Lunatic asylums United Prov. 1922-30 - 1922-1930
Year: 1922
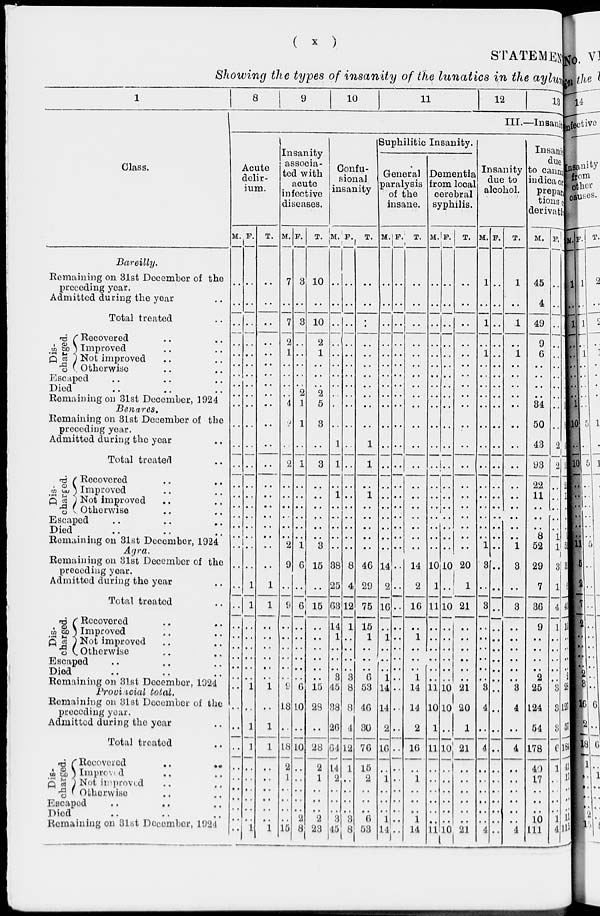
(
x
)
STATEMENT
Showing the types of insanity of the lunatics in the asylum
1
Class.
Bareilly.
Remaining on 31st December of the
preceding year.
Admitted during the year ..
Total treated ..
Dis-
charged.
Recovered .. ..
Improved .. ..
Not improved .. ..
Otherwise .. ..
Escaped .. .. ..
Died .. .. ..
Remaining on 31st December, 1924
Benares.
Remaining on 31st December of the
preceding year.
Admitted during the year ..
Total treated ..
Dis-
charged.
Recovered .. ..
Improved .. ..
Not improved .. ..
Otherwise .. ..
Escaped
..
..
..
Died .. .. ..
Remaining on 31st December, 1924
Agra.
Remaining on 31st December of the
preceding year.
Admitted during the year ..
Total treated ..
Dis-
charged.
Recovered .. ..
Improved .. ..
Not improved .. ..
Otherwise .. ..
Escaped .. .. ..
Died .. .. ..
Remaining on 31st December, 1924
Provincial total.
Remaining on 31st December of the
preceding year.
Admitted during the year ..
Total treated ..
Dis-
charged.
Recovered
..
..
Imporved .. ..
Not improved .. ..
Otherwise .. ..
Escaped .. .. ..
Died .. .. ..
Remaining on 31st December, 1924
8
9
10
11
12
13
III.—Insanity
Acute
delir-
ium.
M.
..
..
..
..
..
..
..
..
..
..
..
..
..
..
..
..
..
..
..
..
..
..
..
..
..
..
..
..
..
..
..
..
..
..
..
..
..
..
..
..
F.
..
..
..
..
..
..
..
..
..
..
..
..
..
..
..
..
..
..
..
..
..
1
1
..
..
..
..
..
..
1
..
1
1
..
..
..
..
..
..
1
T.
..
..
..
..
..
..
..
..
..
..
..
..
..
..
..
..
..
..
..
..
..
1
1
..
..
..
..
..
..
1
..
1
1
..
..
..
..
..
..
1
Insanity
associa-
ted with
acute
infective
diseases.
M.
7
..
7
2
1
..
..
..
..
4
2
..
2
..
..
..
..
..
..
2
9
..
9
..
..
..
..
..
..
9
18
..
18
2
1
..
..
..
..
15
F.
3
..
3
..
..
..
..
..
2
1
1
..
1
..
..
..
..
..
2
1
6
..
6
..
..
..
..
..
..
6
10
..
10
..
..
..
..
..
2
8
T.
10
..
10
2
1
..
..
..
2
5
3
..
3
..
..
..
..
..
1
3
15
..
15
..
..
..
..
..
..
15
28
..
28
2
1
..
..
..
2
23
Confusi onal
insanity
M.
..
..
..
..
..
..
..
..
..
..
..
1
1
..
1
..
..
..
3
..
38
25
63
14
1
..
..
..
3
45
38
26
64
14
2
..
..
..
3
45
F.
..
..
..
..
..
..
..
..
..
..
..
..
..
..
..
..
..
..
..
..
8
4
12
1
..
..
..
..
3
8
8
4
12
1
..
..
..
..
3
8
T.
..
..
..
..
..
..
..
..
..
..
..
1
1
..
1
..
..
..
..
..
46
29
75
15
1
..
..
..
6
53
46
30
76
15
2
..
..
..
6
53
Suphilitic Insanity.
General
paralysis
of the
insane.
M.
..
..
..
..
..
..
..
..
..
..
..
..
..
..
..
..
..
..
..
..
14
2
16
..
1
..
..
..
1
14
14
2
16
..
1
..
..
..
1
14
F.
..
..
..
..
..
..
..
..
..
..
..
..
..
..
..
..
..
..
..
..
..
..
..
..
..
..
..
..
..
..
..
..
..
..
..
..
..
..
..
..
T.
..
..
..
..
..
..
..
..
..
..
..
..
..
..
..
..
..
..
..
..
14
2
16
..
1
..
..
..
1
14
14
2
16
..
1
..
..
..
1
14
Dementia
from local
cerebral
syphilis.
M.
..
..
..
..
..
..
..
..
..
..
..
..
..
..
..
..
..
..
..
..
10
1
11
..
..
..
..
..
..
11
10
1
11
..
..
..
..
..
..
11
F.
..
..
..
..
..
..
..
..
..
..
..
..
..
..
..
..
..
..
..
..
10
..
10
..
..
..
..
..
..
10
10
..
10
..
..
..
..
..
..
10
T.
..
..
..
..
..
..
..
..
..
..
..
..
..
..
..
..
..
..
..
..
20
1
21
..
..
..
..
..
..
21
20
1
21
..
..
..
..
..
..
21
Insanity
due to
alcohol.
M.
1
..
1
..
1
..
..
..
..
..
..
..
..
..
..
..
..
..
..
1
3
..
3
..
..
..
..
..
..
3
4
..
4
..
..
..
..
..
..
4
F.
..
..
..
..
..
..
..
..
..
..
..
..
..
..
..
..
..
..
..
..
..
..
..
..
..
..
..
..
..
..
..
..
..
..
..
..
..
..
..
..
T.
1
..
1
..
1
..
..
..
..
..
..
..
..
..
..
..
..
..
..
1
3
..
3
..
..
..
..
..
..
3
4
..
4
..
..
..
..
..
..
4
Insanity
due
to canna
indica on
prepart i ons
derivative
M.
45
4
49
9
6
..
..
..
..
34
50
43
93
22
11
..
..
..
8
52
29
7
36
9
..
..
..
..
2
25
124
54
178
40
17
..
..
..
10
111
F.
..
..
..
..
..
..
..
..
..
..
..
2
2
..
..
..
..
..
1
1
3
1
4
1
..
..
..
..
..
3
3
3
6
1
..
..
..
..
1
4
95
22
11
..
..
..
..
53
32
40
10
..
..
..
..
2
28
127
57
184
41
17
..
..
..
11
115